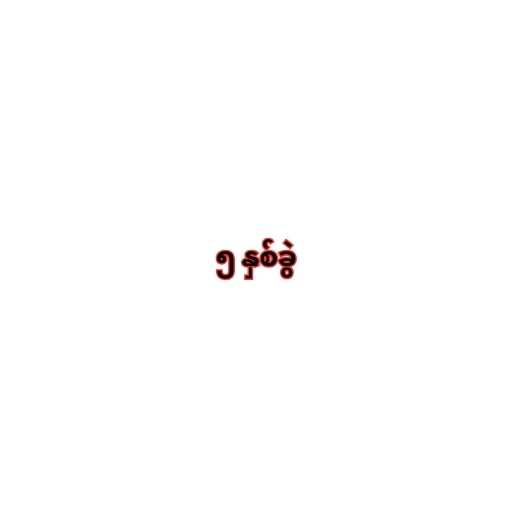
၅ နှစ်ခွဲ